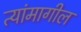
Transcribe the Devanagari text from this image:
त्यांमागील